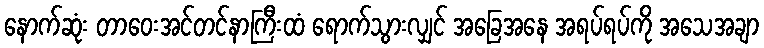
နောက်ဆုံး တာဝေးအင်တင်နာကြီးထံ ရောက်သွားလျှင် အခြေအနေ အရပ်ရပ်ကို အသေအချာ